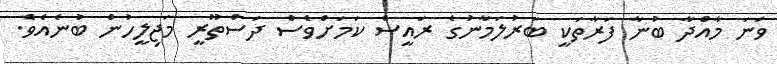
ވަނަ މާއްދާ ބުނާ ފަރާތަކީ ބަރުލަމާނުގެ ރައީސް ކަމަށްވެސް ދަސްތޫރީ މަޖިލީހުން ބުނެއެވެ.